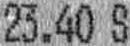
23.40 S